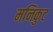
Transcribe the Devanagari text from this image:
मनिकुट